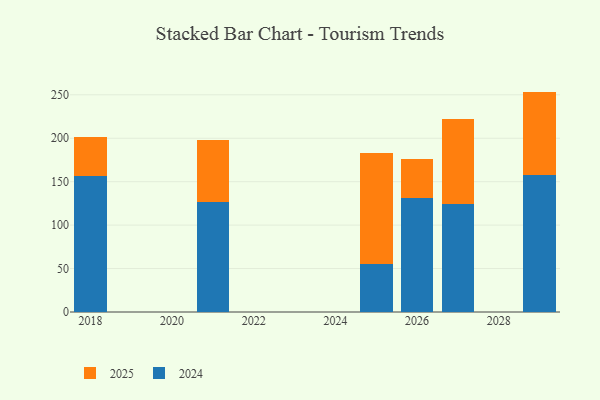
{"axis": {"x": "Year", "y": "Page Views"}, "legend": ["2024", "2025"], "data": [{"x": "2027", "y": 124.5, "type": "2024"}, {"x": "2027", "y": 97.1, "type": "2025"}, {"x": "2025", "y": 55.0, "type": "2024"}, {"x": "2025", "y": 127.5, "type": "2025"}, {"x": "2018", "y": 156.0, "type": "2024"}, {"x": "2018", "y": 45.1, "type": "2025"}, {"x": "2029", "y": 157.5, "type": "2024"}, {"x": "2029", "y": 96.2, "type": "2025"}, {"x": "2026", "y": 131.6, "type": "2024"}, {"x": "2026", "y": 44.1, "type": "2025"}, {"x": "2021", "y": 126.5, "type": "2024"}, {"x": "2021", "y": 71.8, "type": "2025"}]}